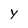
Character: y